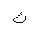
Letter: _kaf